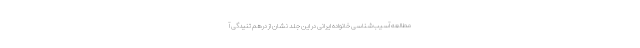
مطالعه آسیب‌شناسی خانواده ایرانی در این جلد نشان از درهم تنیدگی آ